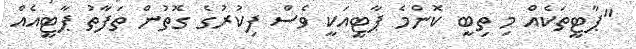
"ޕާޓީތަކެއް މި ތިބީ ކޮންމެ ޕާޓީއަކީ ވެސް ފިކުރުގެ ގޮތުން ތަފާތު ޕާޓީއެއް